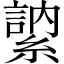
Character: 𦄠